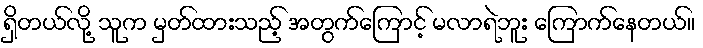
ရှိတယ်လို့ သူက မှတ်ထားသည့် အတွက်ကြောင့် မလာရဲဘူး ကြောက်နေတယ်။